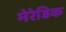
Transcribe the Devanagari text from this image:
मेरेडिक